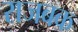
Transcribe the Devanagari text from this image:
राजबक